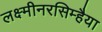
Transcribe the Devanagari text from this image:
लक्ष्मीनरसिम्हैया